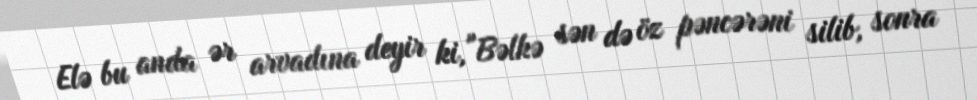
Elə bu anda ər arvadına deyir ki, "Bəlkə sən də öz pəncərəni silib, sonra